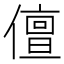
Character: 儃